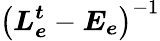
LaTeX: \left(\boldsymbol{L_{e}^{t}}-\boldsymbol{E_{e}}\right)^{-1}